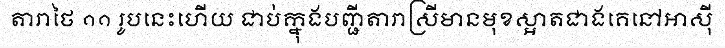
តារាថៃ ១១ រូបនេះហើយ ជាប់ក្នុងបញ្ជីតារាស្រីមានមុខស្អាតជាងគេនៅអាស៊ី